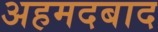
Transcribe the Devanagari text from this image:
अहमदबाद